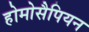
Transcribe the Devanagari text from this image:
होमोसैपियन